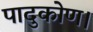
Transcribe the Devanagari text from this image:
पादुकोण।